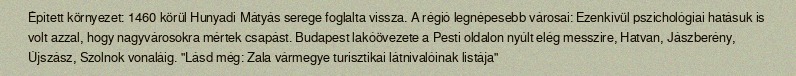
Épített környezet: 1460 körül Hunyadi Mátyás serege foglalta vissza. A régió legnépesebb városai: Ezenkívül pszichológiai hatásuk is volt azzal, hogy nagyvárosokra mértek csapást. Budapest lakóövezete a Pesti oldalon nyúlt elég messzire, Hatvan, Jászberény, Újszász, Szolnok vonaláig. "Lásd még: Zala vármegye turisztikai látnivalóinak listája"